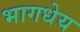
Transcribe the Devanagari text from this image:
भागधेय